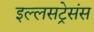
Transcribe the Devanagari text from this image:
इल्लसट्रेसंस